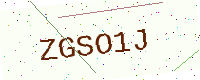
Text: ZGSO1J